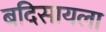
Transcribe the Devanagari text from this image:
बदिसायला